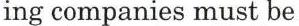
ing companies must be